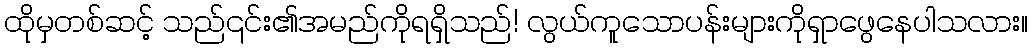
ထိုမှတစ်ဆင့် သည်၎င်း၏အမည်ကိုရရှိသည်! လွယ်ကူသောပန်းများကိုရှာဖွေနေပါသလား။